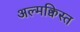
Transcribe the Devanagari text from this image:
अल्मक्विस्त